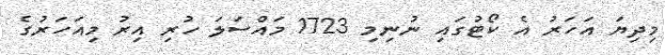
މިދިޔަ އަހަރު އެ ކޯޓުގައި ނުނިމި 1723 މައްސަލަ ހުރި އިރު މިއަހަރުގެ